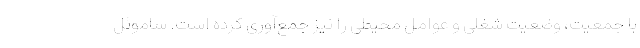
با جمعیت، وضعیت شغلی و عوامل محیطی را نیز جمع‌آوری کرده است. ساموئل